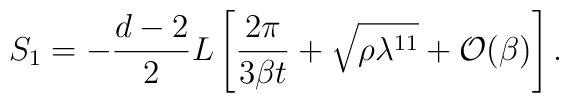
S_1= -\frac{d-2}{2} L \left[ \frac{2\pi}{3\beta t} + \sqrt{\rho\lambda^{11}} + {\cal O} (\beta) \right].